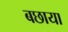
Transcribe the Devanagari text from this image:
बछाया